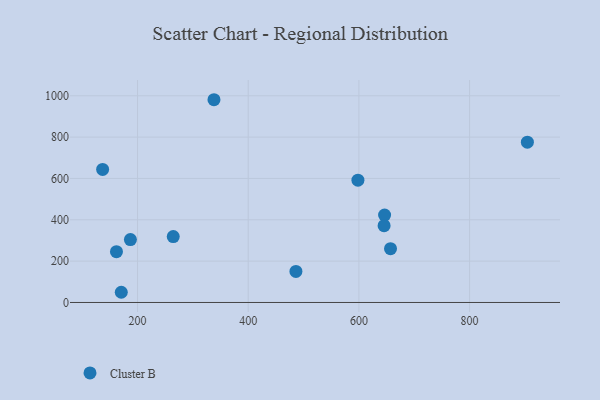
{"axis": {"x": "Experience", "y": "Demand"}, "legend": ["Cluster B"], "data": [{"x": "904.4", "y": 775.6, "type": "Cluster B"}, {"x": "264.5", "y": 318.7, "type": "Cluster B"}, {"x": "170.6", "y": 49.3, "type": "Cluster B"}, {"x": "187.1", "y": 304.1, "type": "Cluster B"}, {"x": "161.9", "y": 245.6, "type": "Cluster B"}, {"x": "338.1", "y": 980.8, "type": "Cluster B"}, {"x": "598.2", "y": 591.4, "type": "Cluster B"}, {"x": "657.1", "y": 260.2, "type": "Cluster B"}, {"x": "646.4", "y": 422.8, "type": "Cluster B"}, {"x": "486.2", "y": 150.1, "type": "Cluster B"}, {"x": "136.9", "y": 643.8, "type": "Cluster B"}, {"x": "645.5", "y": 371.3, "type": "Cluster B"}]}